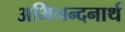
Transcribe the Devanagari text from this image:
अभिनन्दनार्थ